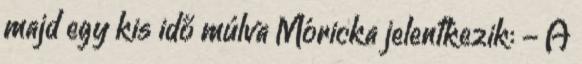
majd egy kis idő múlva Móricka jelentkezik: - A